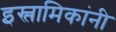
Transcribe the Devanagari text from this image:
इस्लामिकांनी